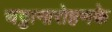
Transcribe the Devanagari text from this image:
चट्टानारोहणके